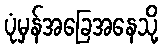
ပုံမှန်အခြေအနေသို့